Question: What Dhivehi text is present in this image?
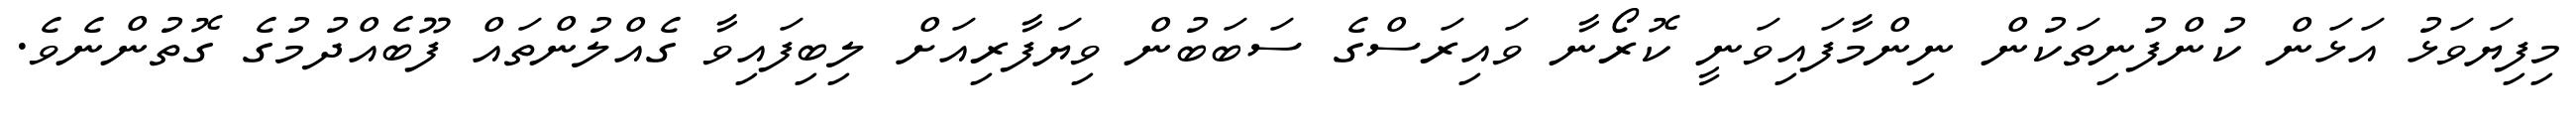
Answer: މިފިޔަވަޅު އަޅަން ކުންފުނިތަކުން ނިންމާފައިވަނީ ކޮރޯނާ ވައިރަސްގެ ސަބަބުން ވިޔަފާރިއަށް ލިބިފައިވާ ގެއްލުންތައް ފޫބެއްދުމުގެ ގޮތުންނެވެ.